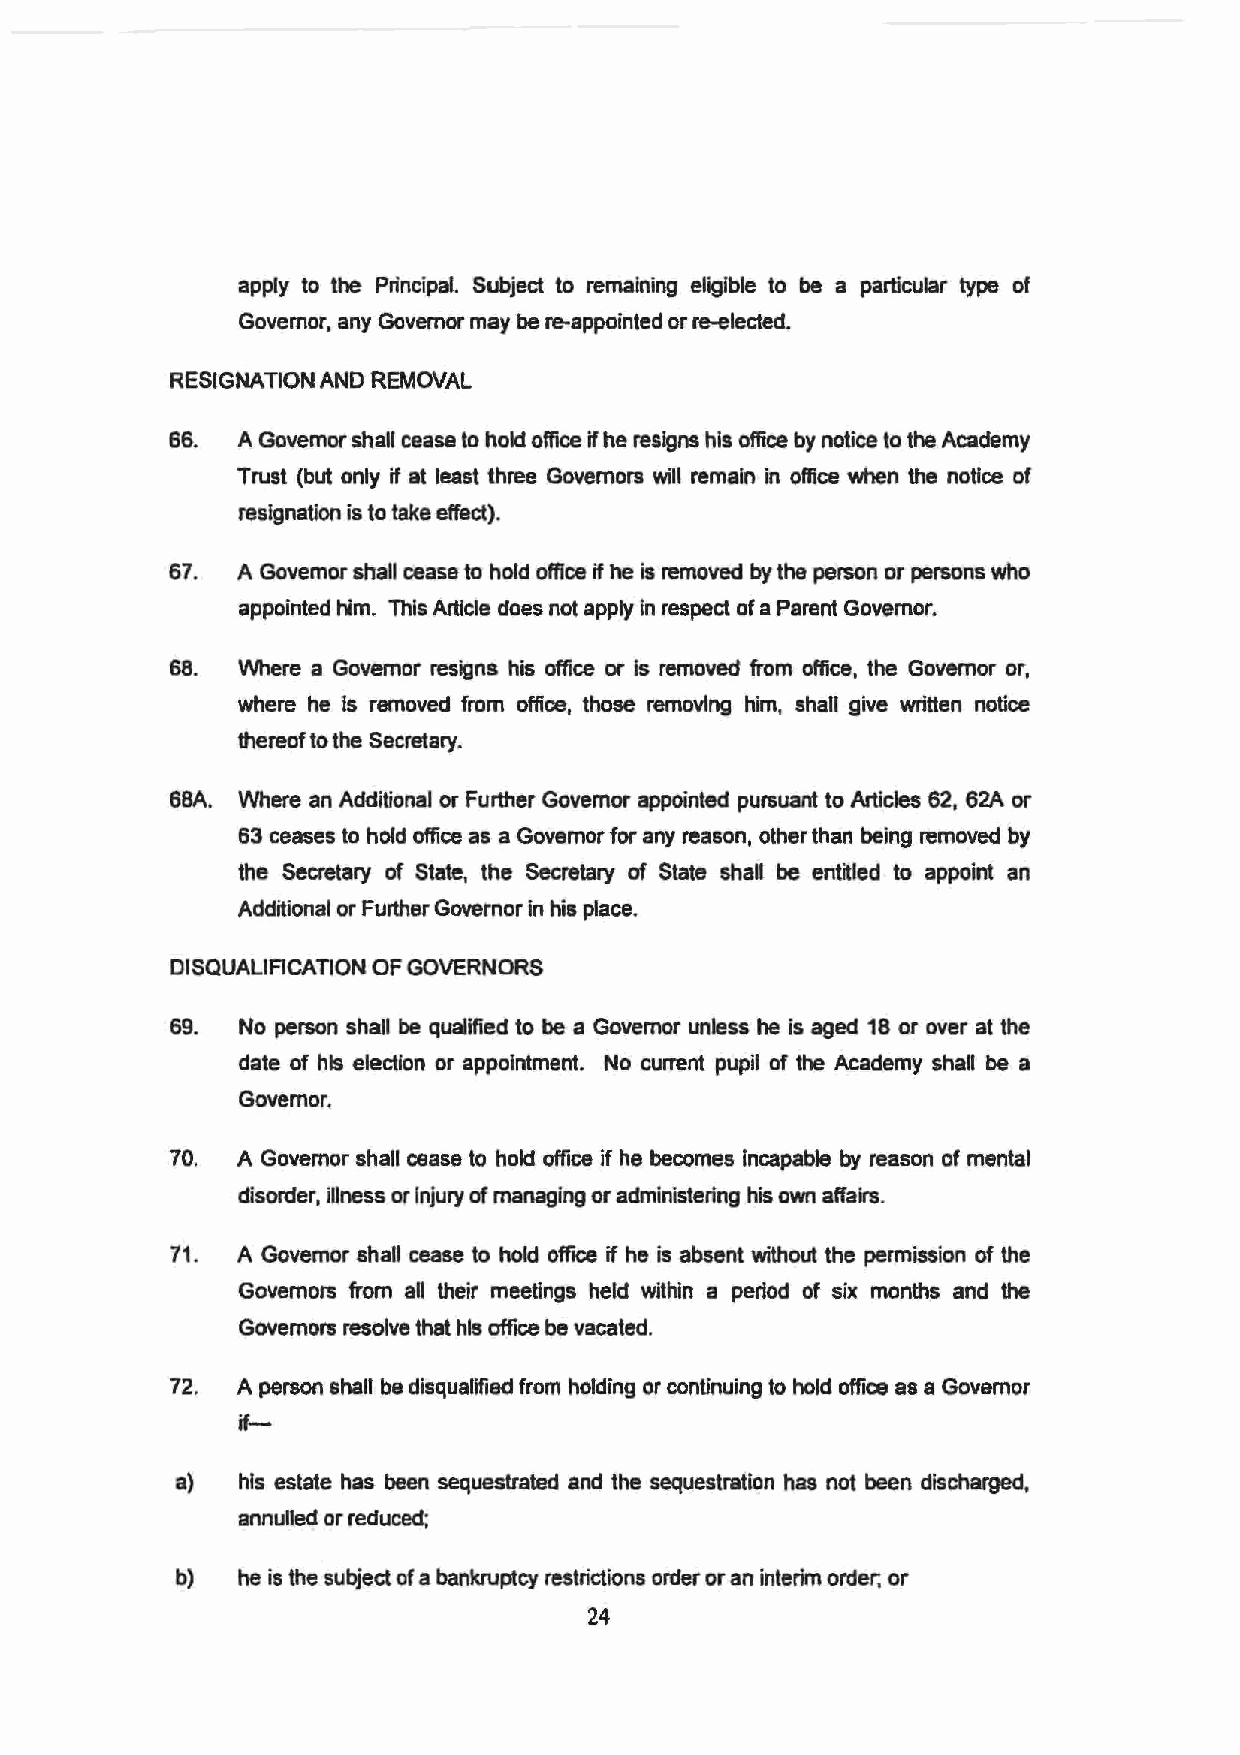
apply to the Principal. Subject to remaining eligible to be a particular type of
 Governor, any Governor may be re-appointed or re-elected.
 RESIGNATION AND REMOVAL
 66. A Governor shall cease to hold office if he resigns his office by notice to the Academy
 Trust (but only if at least three Governors will remain in office when the notice of
 resignation is to take effect).
 67. A Governor shall cease to hold office if he is removed by the person or persons who
 appointed him. This Article does not apply in respect of a Parent Governor.
 68. Where a Governor resigns his office or Is removed from office, the Governor or,
 where he Is removed from office, those removing him, shall give written notice
 thereof to the Secretary.
 6BA. Where an Additional or Further Governor appointed pursuant to Articles 62, 62A or
 63 ceases to hold office as a Governor for any reason, other than being removed by
 the Secretary of State, the Secretary of State shall be ent~led to appoint an
 Additional or Further Governor in his place.
 DISQUALIFICATION OF GOVERNORS
 69. No person shall be qualified to be a Governor unless he is aged 18 or over at the
 date of his election or appointment. No current pupil of the Academy shall be a
 Governor.
 70. A Governor shall cease to hold office if he becomes Incapable by reason of mental
 disorder, illness or injury of managing or administering his own affairs.
 71. A Governor shall cease to hold offece if he is absent without the permission of the
 Governors from all their meetings held within a period of six months and the
 Governors resolve that his office be vacated.
 72. A person shall be disqualified from holding or continuing to hold office as a Governor
 if-
 a)  his estate has been sequestrated and the sequestration has not been discharged,
 annulled or reduced;
 b)  he is the subject of a bankruptcy restrictions order or an interim order; or
 24